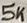
Text: 5K